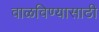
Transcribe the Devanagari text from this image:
वाळविण्यासाठी